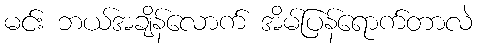
မင်း ဘယ်အချိန်လောက် အိမ်ပြန်ရောက်တာလဲ